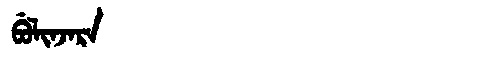
Manchu: ᠪᡠᠯᡳᠨᠵᠠᡵᠠ
Romanization: BULINJARA